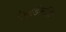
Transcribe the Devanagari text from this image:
ऐबरडीनशिर